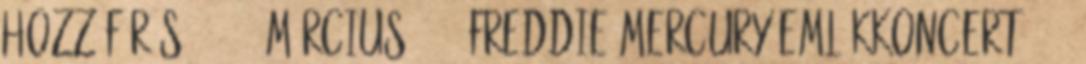
Hozzáférés: 2011. március 6. ↑ Freddie Mercury Emlékkoncert 1992